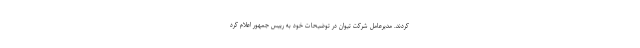
کردند. مدیرعامل شرکت تیوان در توضیحات خود به رییس جمهور اعلام کرد